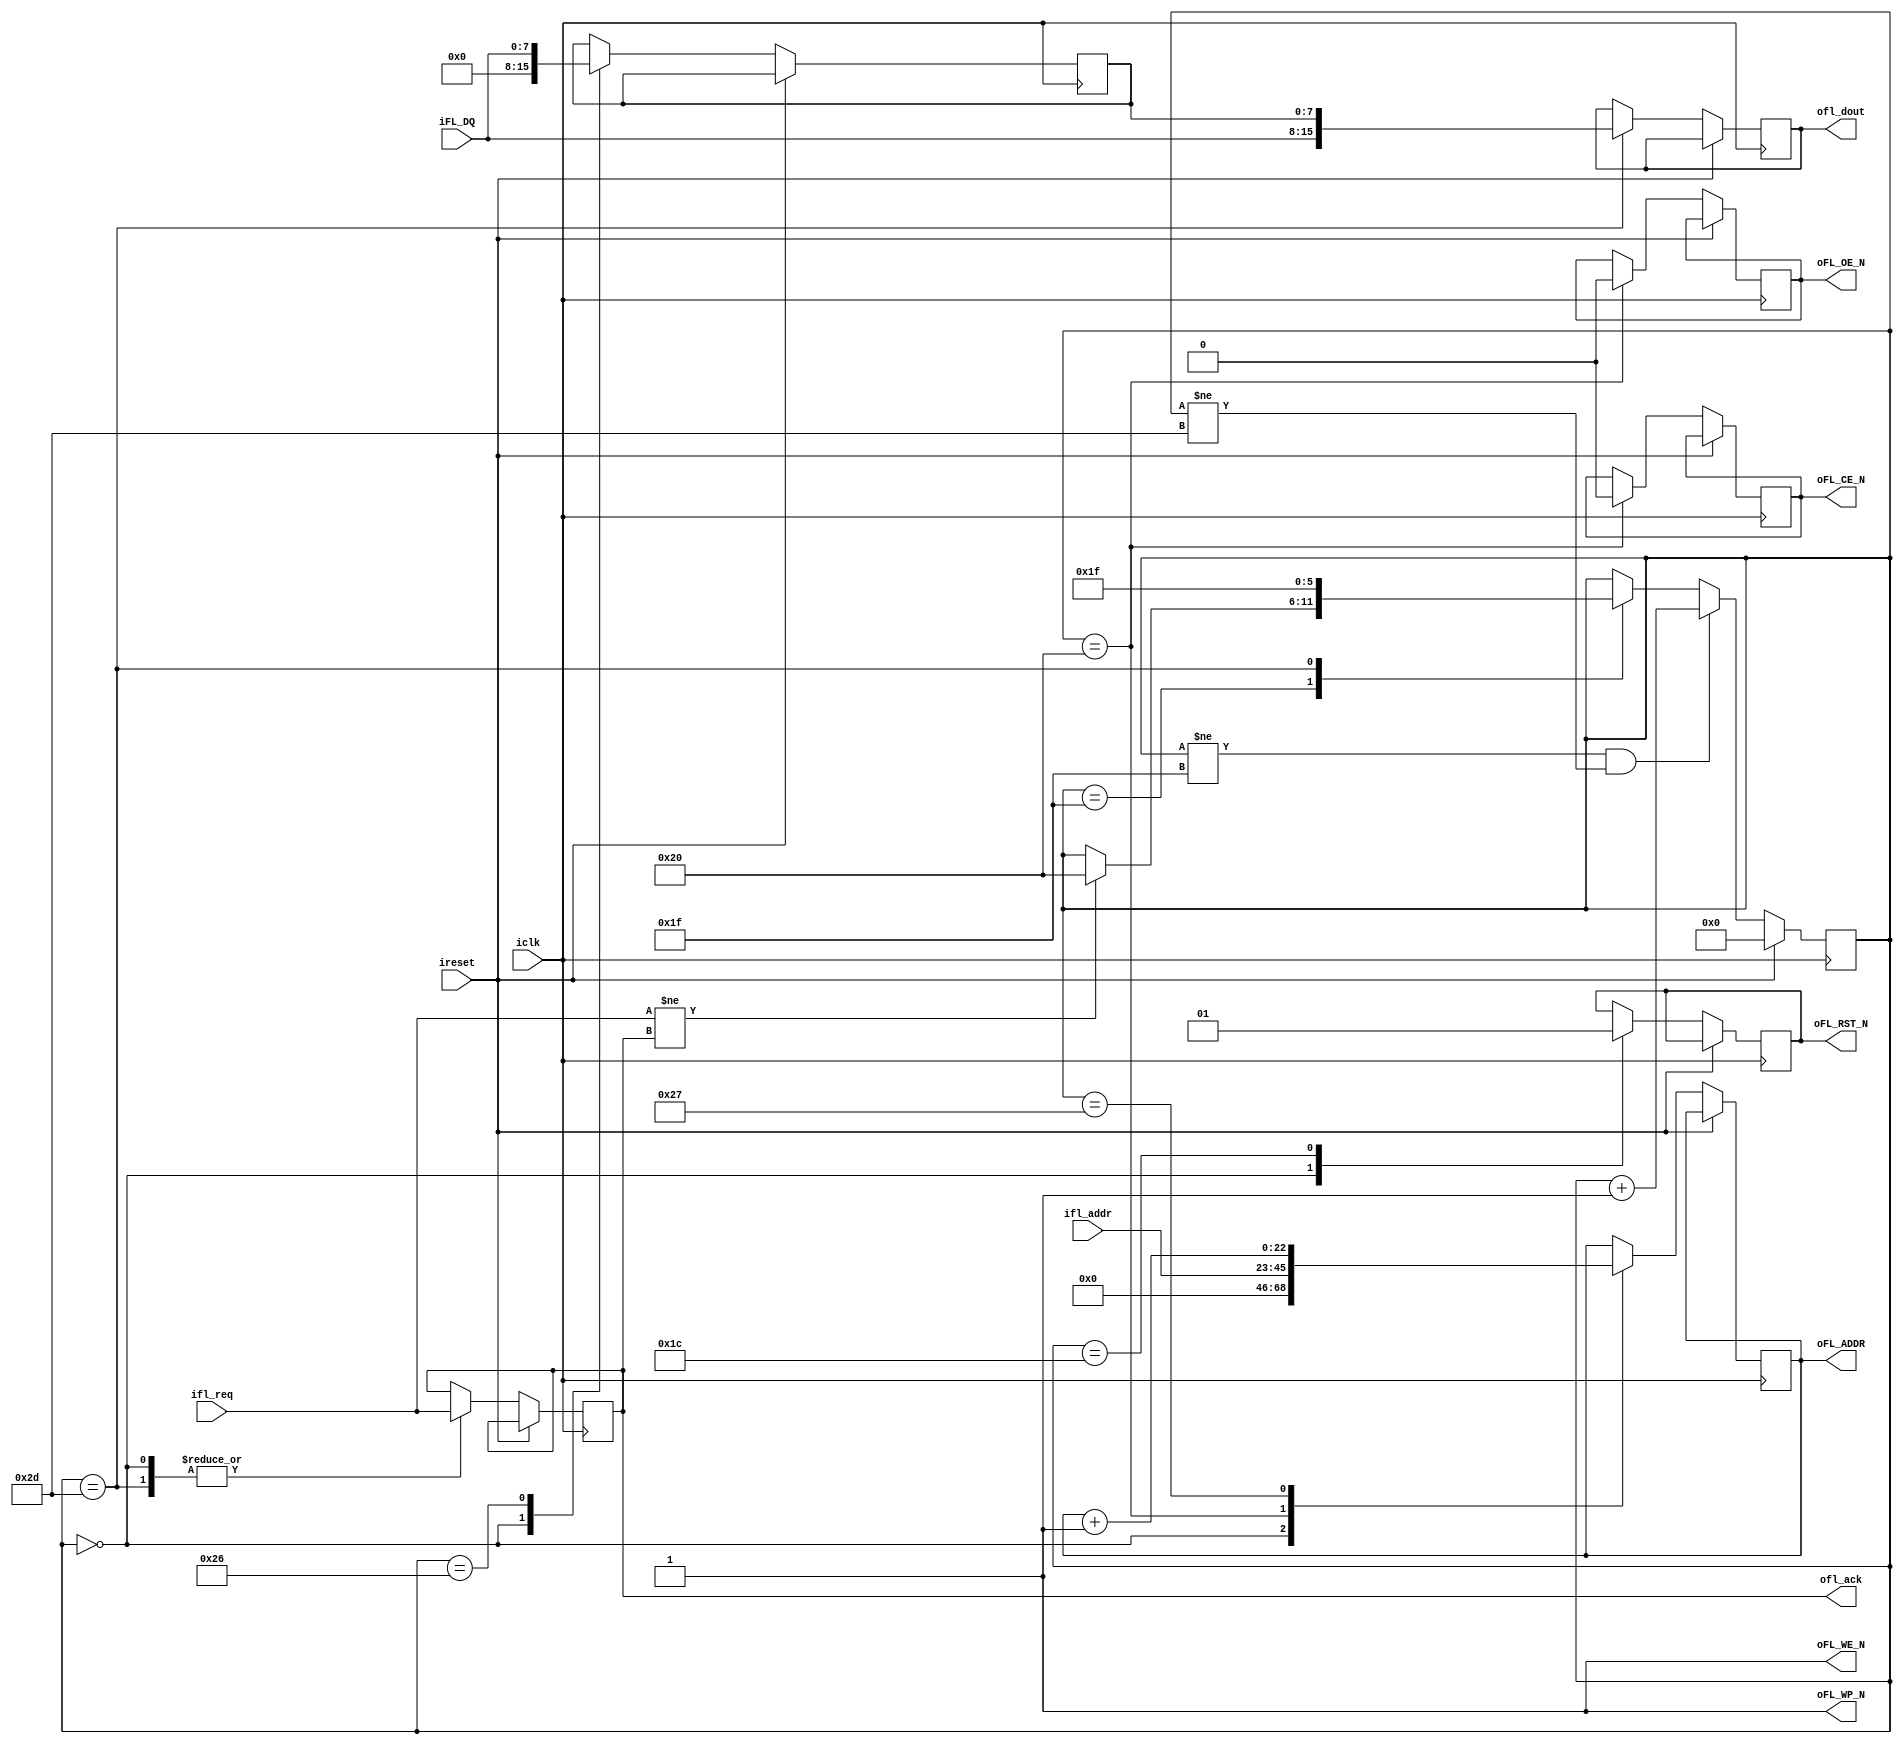
//============================================================================
//
//  DE2-115 flash read-only controller (16 bit output)
//  (c)2020-2021 Alexander Kirichenko
//
//  This source file is free software: you can redistribute it and/or modify 
//  it under the terms of the GNU General Public License as published 
//  by the Free Software Foundation, either version 3 of the License, or 
//  (at your option) any later version. 
// 
//  This source file is distributed in the hope that it will be useful,
//  but WITHOUT ANY WARRANTY; without even the implied warranty of 
//  MERCHANTABILITY or FITNESS FOR A PARTICULAR PURPOSE.  See the 
//  GNU General Public License for more details.
// 
//  You should have received a copy of the GNU General Public License 
//  along with this program.  If not, see <http://www.gnu.org/licenses/>
//
//============================================================================

module flash
(
	input               iclk,
	input               ireset,
	
	input  		 [7:0] iFL_DQ,
	output reg  [22:0] oFL_ADDR,	
	output reg	       oFL_RST_N,
	output reg	       oFL_CE_N = 1'b1,
	output reg	       oFL_OE_N = 1'b1,
	output			    oFL_WE_N,
	output			    oFL_WP_N, // write protection is disabled forever (set to 1)
	
	input       [22:0] ifl_addr,
	output reg  [15:0] ofl_dout,
	input              ifl_req,
	output reg         ofl_ack = 1'b0
);

// 54MHz iclk flash latencies in cycles
localparam	RESET_LATENCY = 6'd28,// ~500ns
				INIT_LATENCY  = 6'd3, // ~50ns
				READ_LATENCY  = 6'd6; // ~110ns

// Flash FSM states
localparam	RESET = 6'd0,
				INIT = RESET + RESET_LATENCY,
				IDLE = INIT + INIT_LATENCY,
				ACTIVE = IDLE + 6'd1,
				READ_BYTE = ACTIVE + READ_LATENCY,
				NEXT_BYTE_ADDR = READ_BYTE + 6'd1,
				NEXT_BYTE = NEXT_BYTE_ADDR + READ_LATENCY;
				
reg [5:0]  fsm_state = 6'd0;
reg [7:0]  fstbyte;

assign oFL_WP_N = 1'b1;
assign oFL_WE_N = 1'b1;

always @(posedge iclk)
	begin
		if (ireset)
			fsm_state <= RESET;
		else
			begin
				case(fsm_state)
					RESET:
						begin
							oFL_ADDR <= 23'b0;
							fstbyte <= 8'b0;
							oFL_RST_N <= 1'b0;
							ofl_ack <= ifl_req;
						end
					INIT:
						oFL_RST_N <= 1'b1;
					IDLE:
						if (ifl_req != ofl_ack)
							fsm_state <= ACTIVE;
					ACTIVE:
						begin
							oFL_CE_N <= 1'b0;
							oFL_OE_N <= 1'b0;
							oFL_ADDR <= ifl_addr;
						end
					READ_BYTE:
						fstbyte <= iFL_DQ;
					NEXT_BYTE_ADDR:
						oFL_ADDR <= oFL_ADDR + 6'd1;
					NEXT_BYTE:
						begin
							ofl_dout <= {iFL_DQ, fstbyte}; // Flash data word, big endian
							ofl_ack <= ifl_req;
							fsm_state <= IDLE;
						end					
				endcase
				if (fsm_state != IDLE && fsm_state != NEXT_BYTE)
					fsm_state <= fsm_state + 6'd1;
			end
	end

endmodule